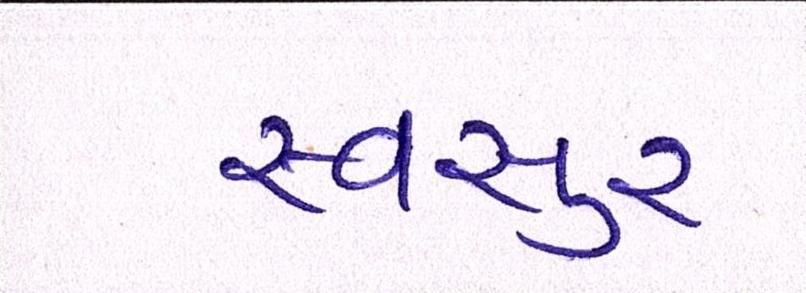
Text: સ્વસુર